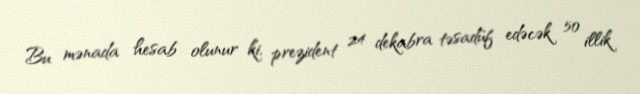
Bu mənada hesab olunur ki, prezident 24 dekabra təsadüf edəcək 50 illik